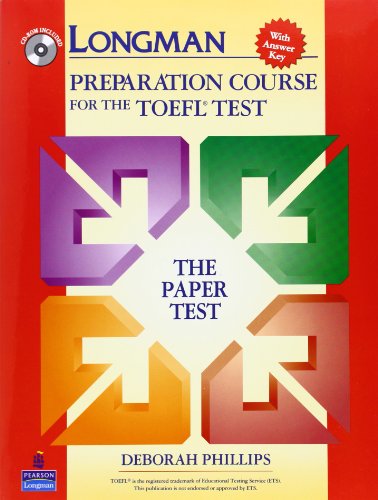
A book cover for Longman Preparation Course for the TOEFL Test:  The Paper Test  (Student Book with Answer Key and CD-ROM); Deborah Phillips; Test Preparation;